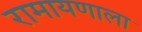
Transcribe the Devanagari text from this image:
रामायणाला